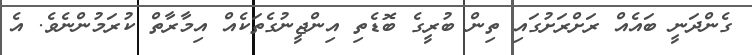
ގެންދަނީ ބައެއް ރަށްރަށުގައި ތިން ބުރީގެ ބޮޑެތި އިންޖީނުގެތަކެއް އިމާރާތް ކުރަމުންނެވެ. އެ